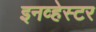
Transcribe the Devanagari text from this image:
इनव्हेस्टर